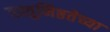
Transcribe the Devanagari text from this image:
वस्तुनिष्ठतेच्या